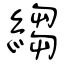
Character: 縐